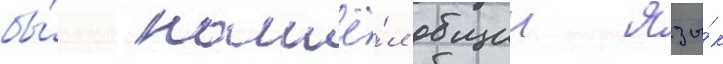
бы́стро нашё́л общии язы́к